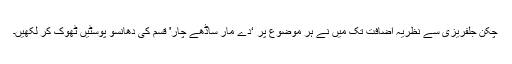
چکن جلفریزی سے نظریہ اضافت تک میں نے ہر موضوع پر ‘دے مار ساڈھے چار' قسم کی دھانسو پوسٹیں ٹھوک کر لکھیں۔